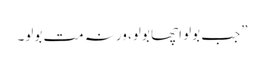
”جب بولو اچھا بولو، ورنہ مت بولو۔